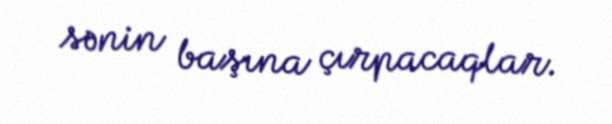
sənin başına çırpacaqlar.